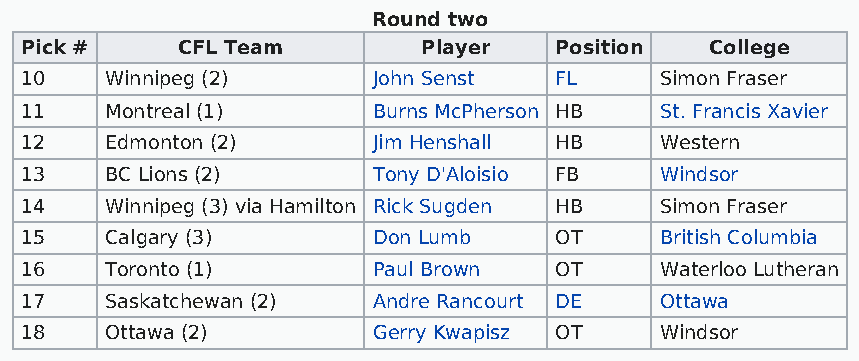
Round two
 Pick #     CFL Team        Player   Position  College
 10    Winnipeg (2)      John Senst  FL     Simon Fraser
 11    Montreal (1)      Burns McPherson HB St. Francis Xavier
 12    Edmonton (2)      Jim Henshall HB    Western
 13    BC Lions (2)      Tony D'Aloisio FB  Windsor
 14    Winnipeg (3) via Hamilton Rick Sugden HB Simon Fraser
 15    Calgary (3)       Don Lumb    OT     British Columbia
 16    Toronto (1)       Paul Brown  OT     Waterloo Lutheran
 17    Saskatchewan (2)  Andre Rancourt DE  Ottawa
 18    Ottawa (2)        Gerry Kwapisz OT   Windsor